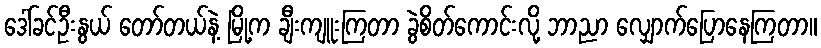
ဒေါ်ခင်ဦးနွယ် တော်တယ်နဲ့ မြို့က ချီးကျူးကြတာ ခွဲစိတ်ကောင်းလို့ ဘာညာ လျှောက်ပြောနေကြတာ။